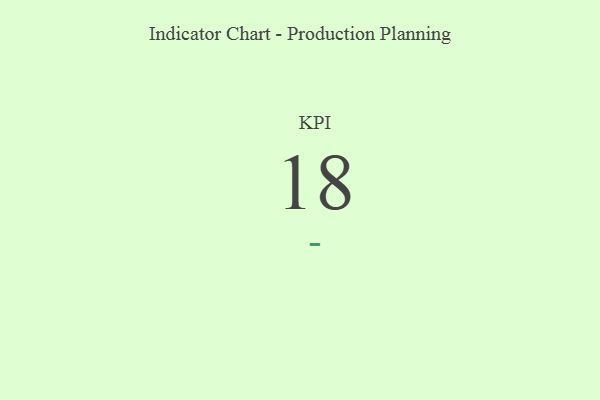
{"axis": {"x": "KPI", "y": "Value"}, "legend": [""], "data": [{"x": "KPI", "y": 18, "type": ""}]}